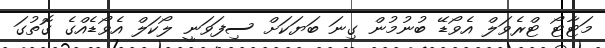
މަޓާޓޯ ޓްރެވަލް އެވޯޑޭ ބުނުމުން ގިނަ ބަޔަކަށް ސިފަވަނީ ލޯކަލް އެވޯޑެއްގެ ގޮތުގަ